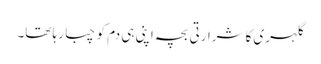
گلہری کا شرارتی بچہ اپنی ہی دم کو چبا رہا تھا۔